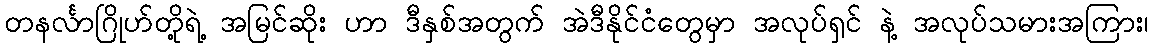
တနင်္လာဂြိုဟ်တို့ရဲ့ အမြင်ဆိုး ဟာ ဒီနှစ်အတွက် အဲဒီနိုင်ငံတွေမှာ အလုပ်ရှင် နဲ့ အလုပ်သမားအကြား၊